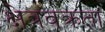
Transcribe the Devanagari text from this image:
क्षेत्रवक्रता